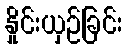
နှိုင်းယှဉ်ခြင်း